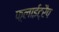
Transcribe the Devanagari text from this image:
फ़्लाईट्रैप